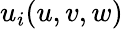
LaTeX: u_{i}(u,v,w)